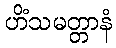
ဟိံသမတ္တာနံ